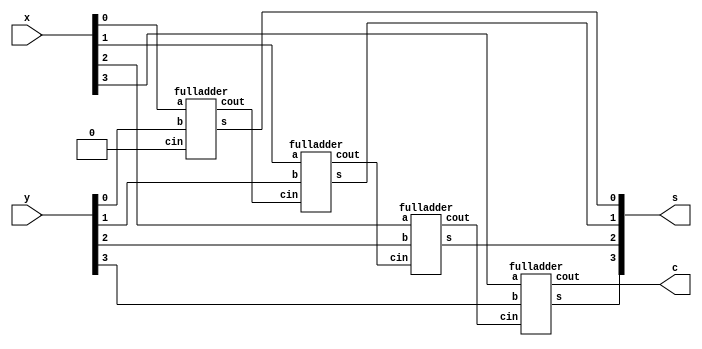
//Four Bit Ripple-Carry Adder using Full-Adder
module ripple_carry_adder(x,y,s,c);
    input [3:0] x, y;
    output [3:0] s;
    output c;
    wire w1, w2, w3;
    fulladder u1(x[0], y[0], 1'b0, s[0], w1);
    fulladder u2(x[1], y[1], w1, s[1], w2);
    fulladder u3(x[2], y[2], w2, s[2], w3);
    fulladder u4(x[3], y[3], w3, s[3], c);
endmodule

module fulladder(a,b,cin,s,cout);
    input a,b,cin;
    output s,cout;
    assign s = a^b^cin;
    assign cout = (a&b)|(a&cin)|(b&cin);
endmodule